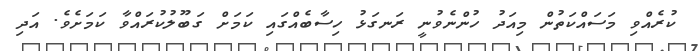
ކުރެއްވި މަސައްކަތުން މިއަދު ހުންނެވުނީ ރަނގަޅު ހިސާބެއްގައި ކަމަށް ގަބޫލުކުރައްވާ ކަމަށެވެ. އަދި